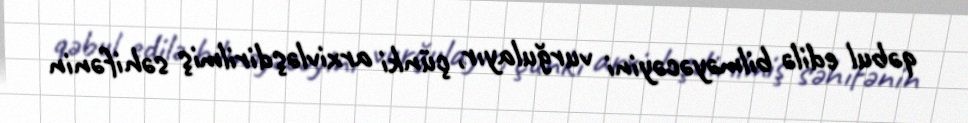
qəbul edilə bilməyəcəyini vurğulayır, çünki arxivləşdirilmiş səhifənin